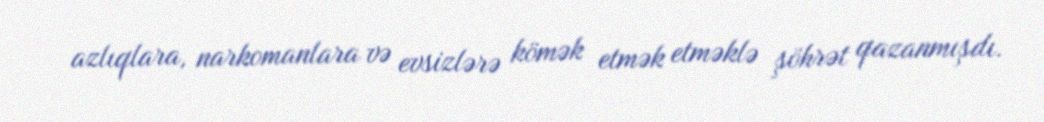
azlıqlara, narkomanlara və evsizlərə kömək etmək etməklə şöhrət qazanmışdı.